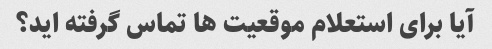
آیا برای استعلام موقعیت ها تماس گرفته اید؟